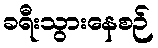
ခရီးသွားနေစဉ်